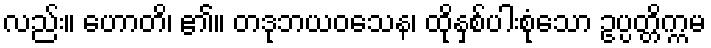
လည်း။ ဟောတိ၊ ၏။ တဒုဘယဝသေန၊ ထိုနှစ်ပါးစုံသော ဥပ္ပတ္တိက္ကမ